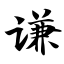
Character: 谦